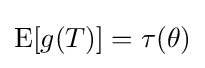
\operatorname {E} [g(T)]=\tau (\theta )